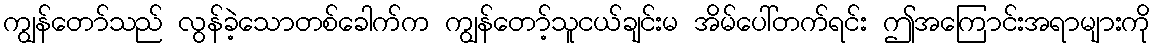
ကျွန်တော်သည် လွန်ခဲ့သောတစ်ခေါက်က ကျွန်တော့်သူငယ်ချင်းမ အိမ်ပေါ်တက်ရင်း ဤအကြောင်းအရာများကို